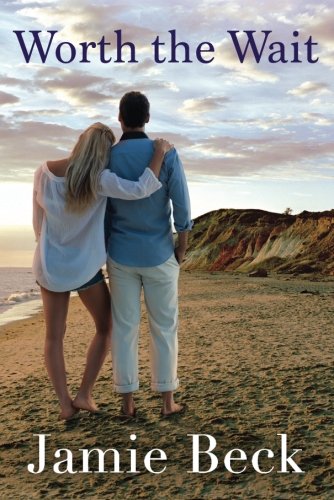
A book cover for Worth the Wait (St. James); Jamie Beck; Literature & Fiction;